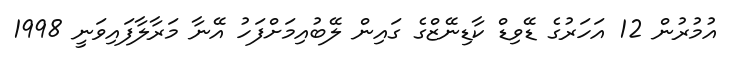
އުމުރުން 12 އަހަރުގެ ޑޭވިޑް ކާޑިނޭޒްގެ ގައިން ލޭބުއިމަށްފަހު އޭނާ މަރާލާފައިވަނީ 1998